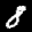
Label: 8